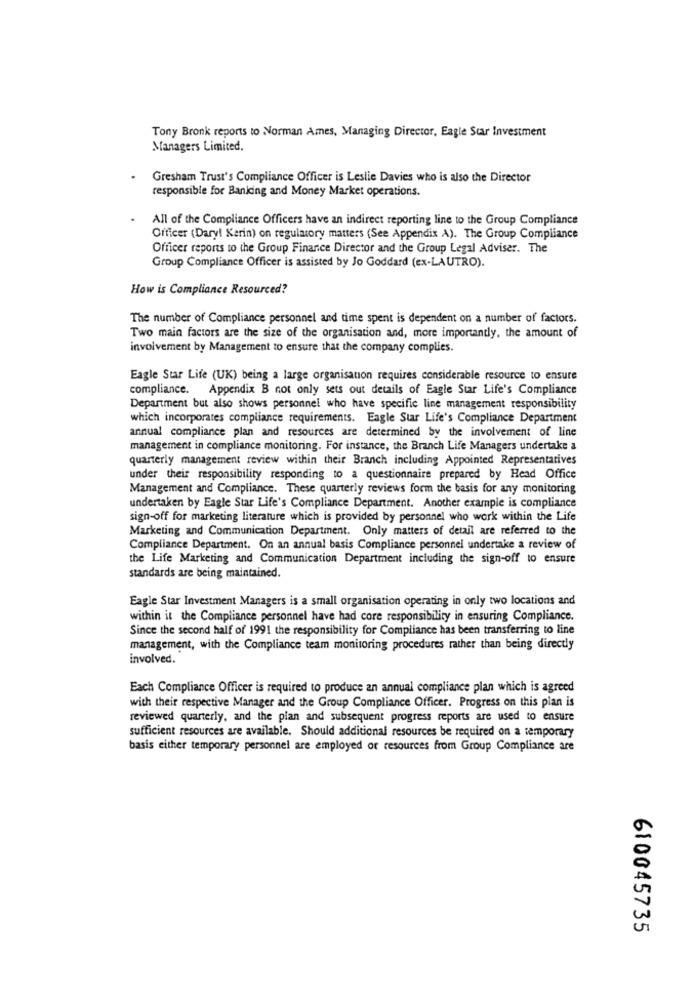
Tony Bronk reports to Norman Ames, Managing Director, Eagle Star Investment
Managers Limited.
Gresham Trust's Compliance Officer is Leslie Davies who is also the Director
responsible for Banking and Money Market operations.
All of the Compliance Officers have an indirect reporting line to the Group Compliance
Officer (Daryl Karin) on regulatory matters (See Appendix A). The Group Compliance
Officer reports to the Group Finance Director and the Group Legal Adviser. The
Group Compliance Officer is assisted by Jo Goddard (ex-LAUTRO).
How is Compliance Resourced?
The number of Compliance personnel and time spent is dependent on a number of factors.
Two main factors are the size of the organisation and, more importantly, the amount of
involvement by Management to ensure that the company complies.
Eagle Star Life (UK) being a large organisation requires considerable resource to ensure
compliance.
Appendix B not only sets out details of Eagle Star Life's Compliance
Department but also shows personnel who have specific line management responsibility
which incorporates compliance requirements. Eagle Star Life's Compliance Department
annual compliance plan and resources are determined by the involvement of line
management in compliance monitoring. For instance, the Branch Life Managers undertake a
quarterly management review within their Branch including Appointed Representatives
under their responsibility responding to a questionnaire prepared by Head Office
Management and Compliance. These quarterly reviews form the basis for any monitoring
undertaken by Eagle Star Life's Compliance Department. Another example is compliance
sign-off for marketing literature which is provided by personnel who work within the Life
Marketing and Communication Department. Only matters of detail are referred to the
Compliance Department. On an annual basis Compliance personnel undertake a review of
the Life Marketing and Communication Department including the sign-off to ensure
standards are being maintained.
Eagle Star Investment Managers is a small organisation operating in only two locations and
within it the Compliance personnel have had core responsibility in ensuring Compliance.
Since the second half of 1991 the responsibility for Compliance has been transferring to line
management, with the Compliance team monitoring procedures rather than being directly
involved.
Each Compliance Officer is required to produce an annual compliance plan which is agreed
with their respective Manager and the Group Compliance Officer. Progress on this plan is
reviewed quarterly, and the pian and subsequent progress reports are used to ensure
sufficient resources are available. Should additional resources be required on a temporary
basis either temporary personnel are employed or resources from Group Compliance are
610045735